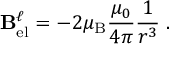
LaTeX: \mathbf { B } _ { \mathrm { e l } } ^ { \ell } = - 2 \mu _ { \mathrm { B } } { \frac { \mu _ { 0 } } { 4 \pi } } { \frac { 1 } { r ^ { 3 } } } \mathbf { \ell } .